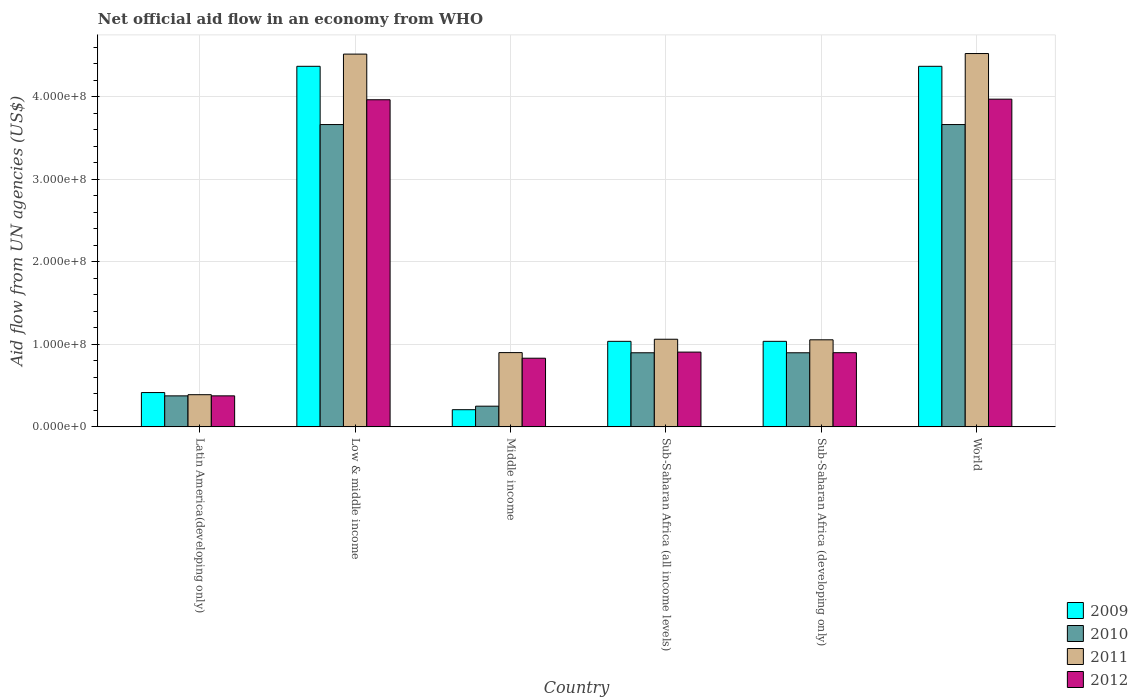
| Country | 2009 | 2010 | 2011 | 2012 |
 | --- | --- | --- | --- | --- |
 | Latin America(developing only) | 4.16e+07 | 3.76e+07 | 3.9e+07 | 3.76e+07 |
 | Low & middle income | 4.37e+08 | 3.66e+08 | 4.52e+08 | 3.96e+08 |
 | Middle income | 2.08e+07 | 2.51e+07 | 9e+07 | 8.32e+07 |
 | Sub-Saharan Africa (all income levels) | 1.04e+08 | 8.98e+07 | 1.06e+08 | 9.06e+07 |
 | Sub-Saharan Africa (developing only) | 1.04e+08 | 8.98e+07 | 1.05e+08 | 8.98e+07 |
 | World | 4.37e+08 | 3.66e+08 | 4.52e+08 | 3.97e+08 |